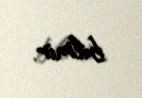
bilmir.